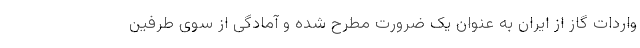
واردات گاز از ایران به عنوان یک ضرورت مطرح شده و آمادگی از سوی طرفین